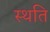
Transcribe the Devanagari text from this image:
स्‍थति